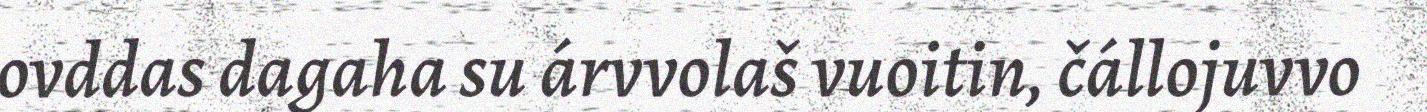
ovddas dagaha su árvvolaš vuoitin, čállojuvvo